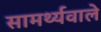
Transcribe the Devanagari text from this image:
सामर्थ्यवाले